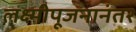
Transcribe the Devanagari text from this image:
लक्ष्मीपूजनानंतर